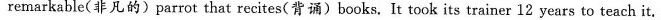
remarkable(非凡的)parrot that recites(背诵)books. It took its trainer 12 years to teach it.